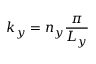
k _ { y } = n _ { y } \frac { \pi } { L _ { y } }